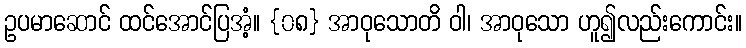
ဥပမာဆောင် ထင်အောင်ပြအံ့။ {၀၈} အာဝုသောတိ ဝါ၊ အာဝုသော ဟူ၍လည်းကောင်း။